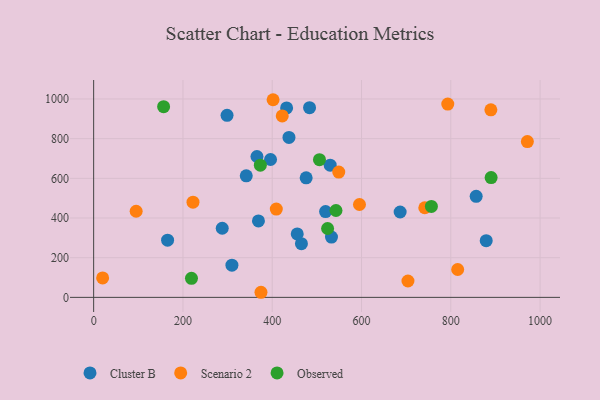
{"axis": {"x": "Investment", "y": "Exam Score"}, "legend": ["Cluster B", "Observed", "Scenario 2"], "data": [{"x": "432.2", "y": 955.0, "type": "Cluster B"}, {"x": "288.0", "y": 348.3, "type": "Cluster B"}, {"x": "309.7", "y": 162.3, "type": "Cluster B"}, {"x": "365.8", "y": 710.1, "type": "Cluster B"}, {"x": "437.5", "y": 806.2, "type": "Cluster B"}, {"x": "396.2", "y": 695.0, "type": "Cluster B"}, {"x": "476.0", "y": 602.4, "type": "Cluster B"}, {"x": "483.6", "y": 956.0, "type": "Cluster B"}, {"x": "298.8", "y": 917.8, "type": "Cluster B"}, {"x": "465.4", "y": 270.7, "type": "Cluster B"}, {"x": "686.5", "y": 430.2, "type": "Cluster B"}, {"x": "532.7", "y": 304.1, "type": "Cluster B"}, {"x": "341.8", "y": 612.6, "type": "Cluster B"}, {"x": "879.3", "y": 285.8, "type": "Cluster B"}, {"x": "456.0", "y": 320.0, "type": "Cluster B"}, {"x": "369.1", "y": 385.3, "type": "Cluster B"}, {"x": "519.5", "y": 432.3, "type": "Cluster B"}, {"x": "529.8", "y": 666.3, "type": "Cluster B"}, {"x": "856.8", "y": 509.4, "type": "Cluster B"}, {"x": "165.6", "y": 288.5, "type": "Cluster B"}, {"x": "889.7", "y": 945.3, "type": "Scenario 2"}, {"x": "222.5", "y": 479.6, "type": "Scenario 2"}, {"x": "374.8", "y": 25.7, "type": "Scenario 2"}, {"x": "409.1", "y": 445.1, "type": "Scenario 2"}, {"x": "815.4", "y": 140.4, "type": "Scenario 2"}, {"x": "422.4", "y": 914.4, "type": "Scenario 2"}, {"x": "793.2", "y": 974.1, "type": "Scenario 2"}, {"x": "595.4", "y": 468.2, "type": "Scenario 2"}, {"x": "20.1", "y": 97.9, "type": "Scenario 2"}, {"x": "704.0", "y": 82.6, "type": "Scenario 2"}, {"x": "971.5", "y": 785.3, "type": "Scenario 2"}, {"x": "95.2", "y": 434.1, "type": "Scenario 2"}, {"x": "401.9", "y": 996.2, "type": "Scenario 2"}, {"x": "549.0", "y": 631.5, "type": "Scenario 2"}, {"x": "741.7", "y": 451.8, "type": "Scenario 2"}, {"x": "505.8", "y": 693.9, "type": "Observed"}, {"x": "542.8", "y": 437.9, "type": "Observed"}, {"x": "890.3", "y": 603.6, "type": "Observed"}, {"x": "756.5", "y": 458.5, "type": "Observed"}, {"x": "373.4", "y": 666.3, "type": "Observed"}, {"x": "524.0", "y": 347.2, "type": "Observed"}, {"x": "219.1", "y": 95.9, "type": "Observed"}, {"x": "156.7", "y": 961.3, "type": "Observed"}]}